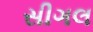
સીગલ